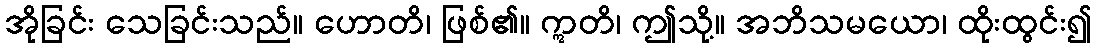
အိုခြင်း သေခြင်းသည်။ ဟောတိ၊ ဖြစ်၏။ ဣတိ၊ ဤသို့။ အဘိသမယော၊ ထိုးထွင်း၍